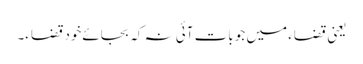
یعنی قضاء میں جو بات آئی نہ کہ بجائےخود قضاء۔